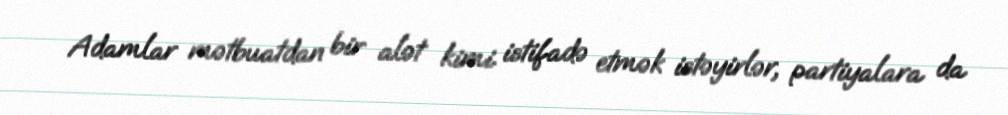
Adamlar mətbuatdan bir alət kimi istifadə etmək istəyirlər, partiyalara da